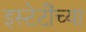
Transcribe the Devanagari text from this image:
इस्टेटींच्या